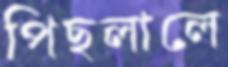
পিছলালে